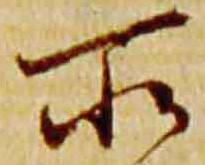
所